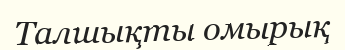
Талшықты омырық